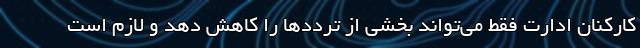
کارکنان ادارت فقط می‌تواند بخشی از ترددها را کاهش دهد و لازم است